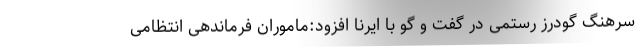
سرهنگ گودرز رستمی در گفت و گو با ایرنا افزود:ماموران فرماندهی انتظامی